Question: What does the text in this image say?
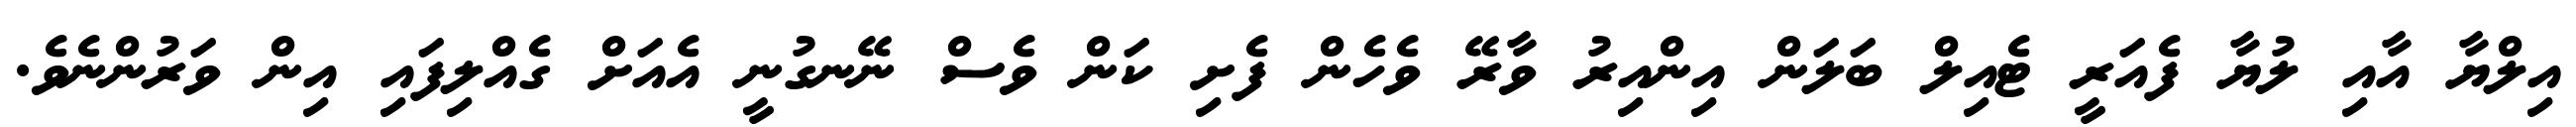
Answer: އިލްޔާ އާއި ލުޔާ ފެއަރީ ޓެއިލް ބަލަން އިންއިރު ވާރޭ ވެހެން ފެށި ކަން ވެސް ނޭނގުނީ އެއަށް ގެއްލިފައި އިން ވަރުންނެވެ.